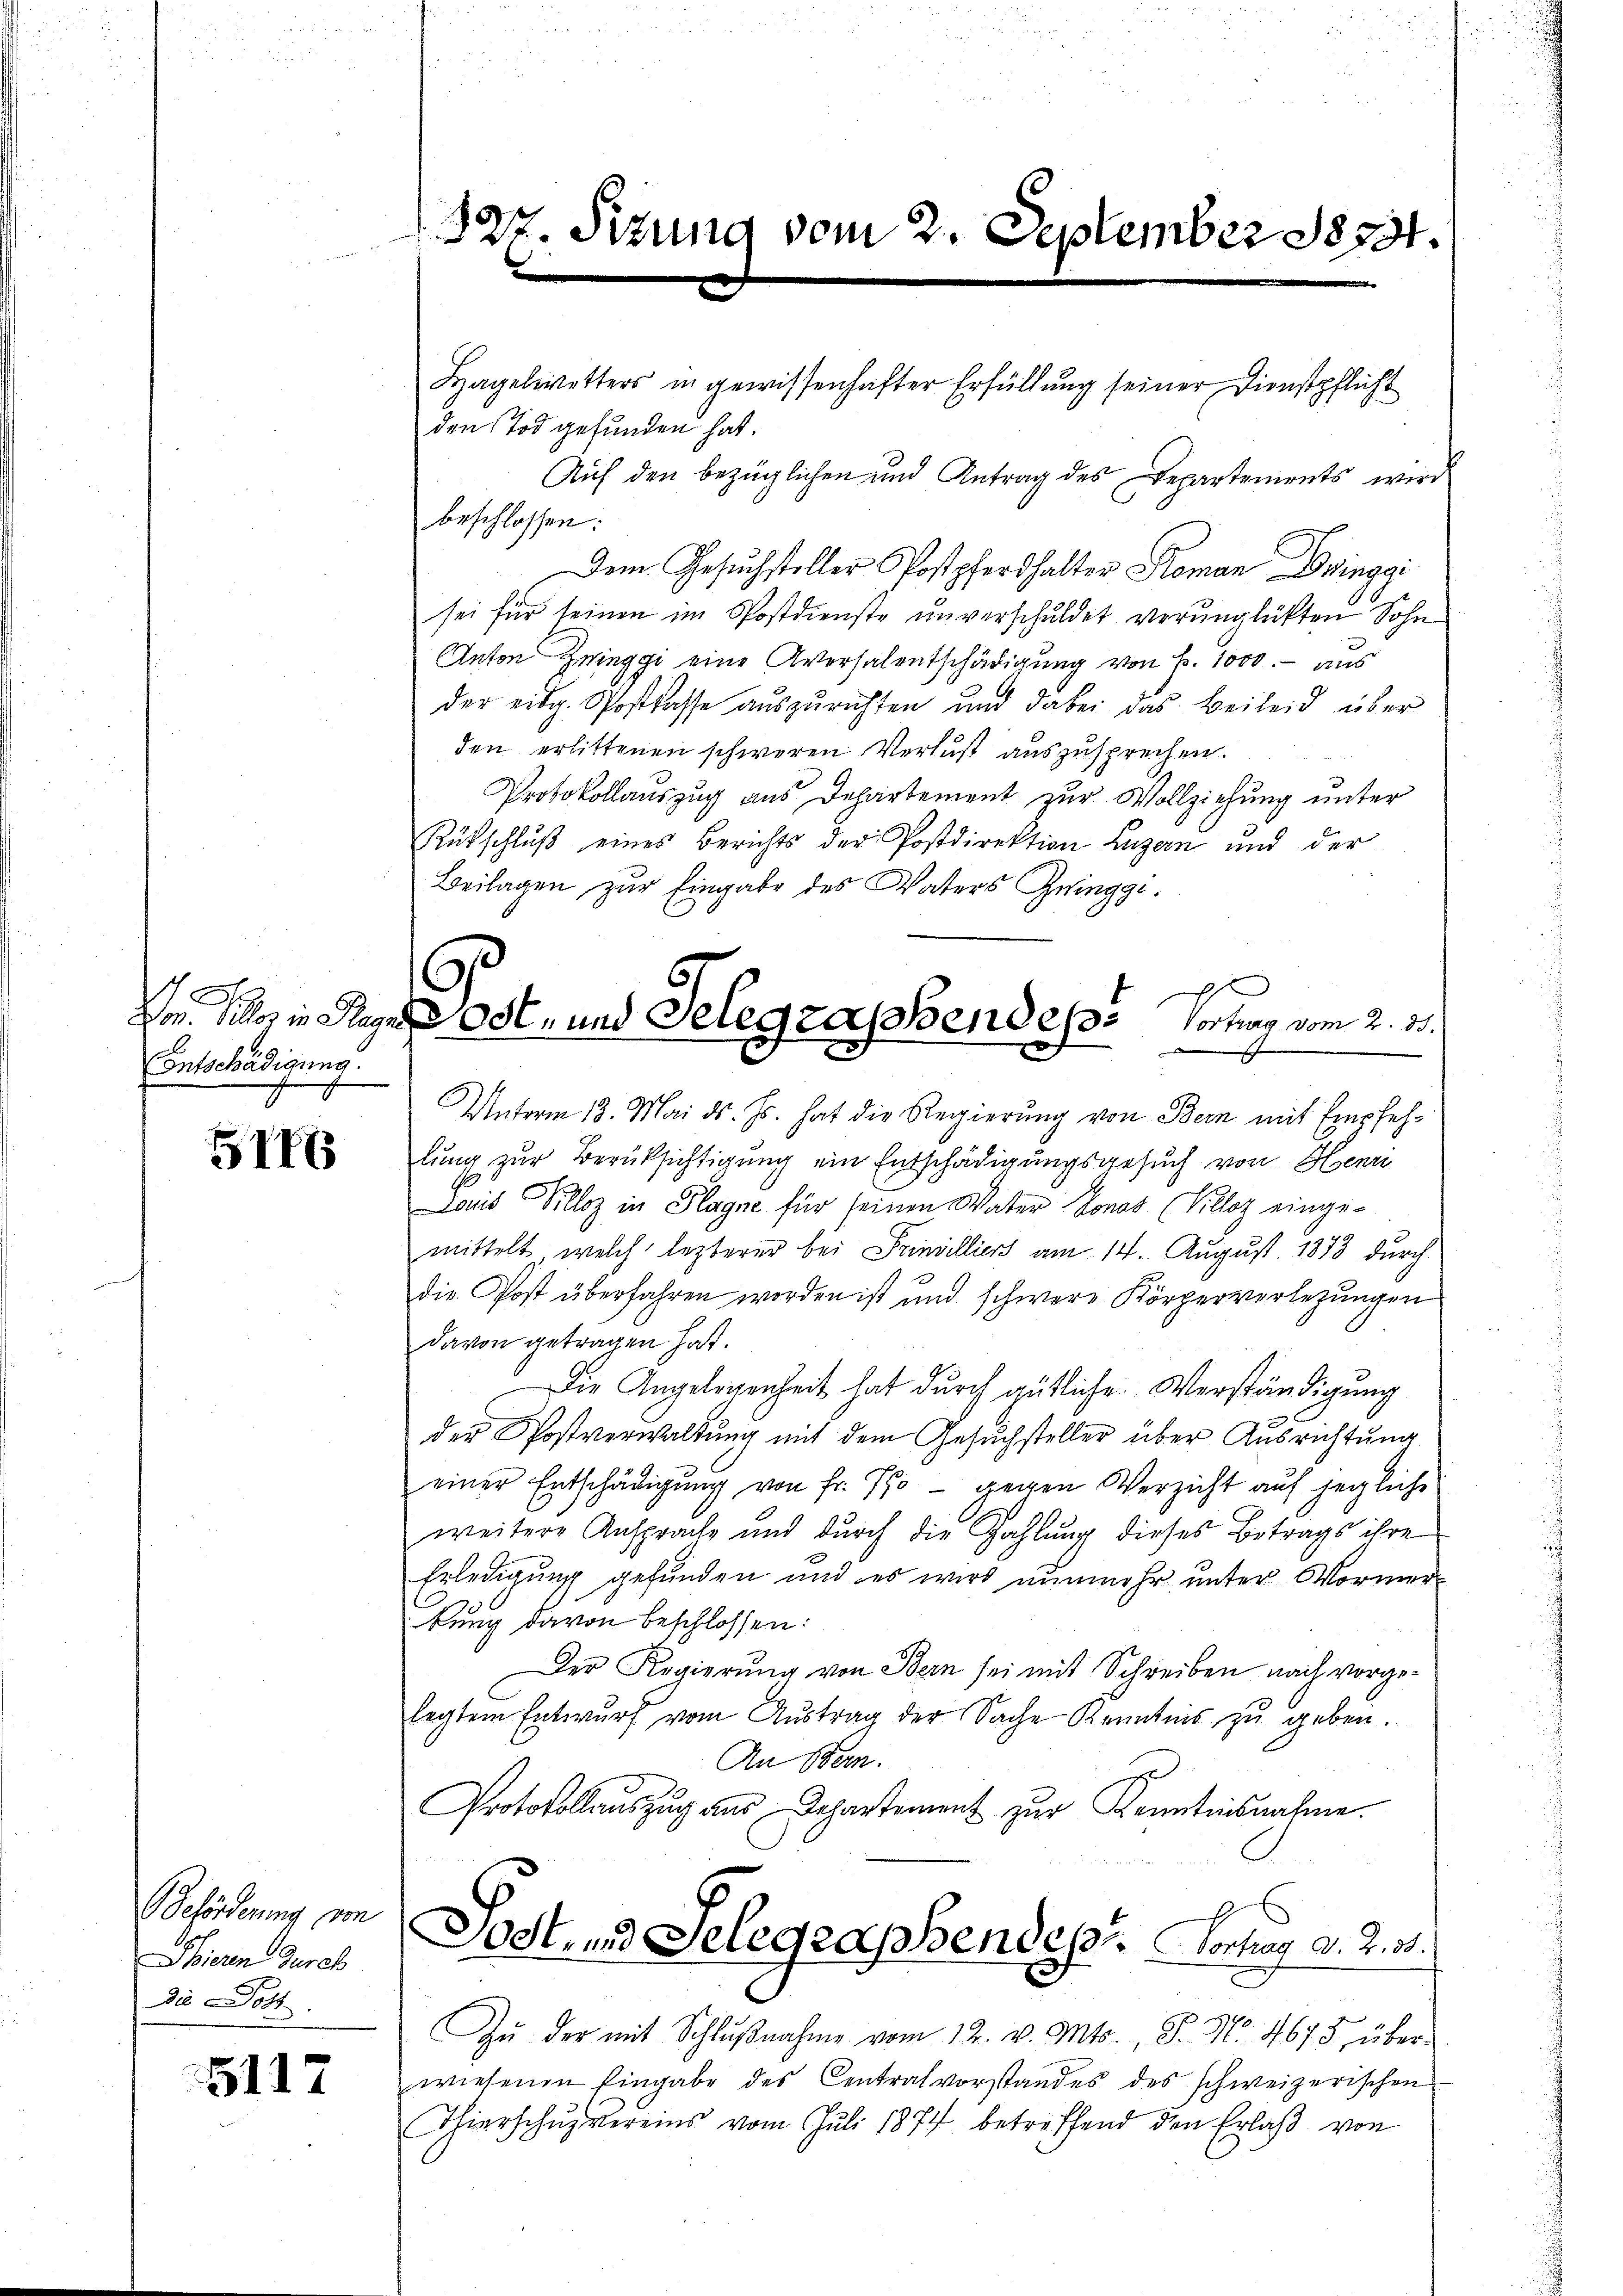
r
Entschädigung.

516

Behörderung von
Sbieren Durch
Die Dott

5117

327. Sizung vom 2. September 18791.

den Tod gefunden hat.
Auf den bezüglichen und Antrag des Departements wird
beschlossen:
Dem Gesuchsteller Postpferdhalter Roman Dringgi
sei für seinen im Postdienste unverschuldet verunglükten Sohn
Anton Zwinggi eine Aversalentschädigung von Fr. 1000.- aus
der eidg. Postkasse auszurichten und dabei das Beileid über
den erlittenen schweren Verlust auszusprechen.
Protokollauszug aus Departement zur Vollziehung unter
Rükschluß eines Berichts der Postdirektion Luzern und der
Beilagen zur Eingabe des Vaters Zwinggi¬
6
Von Silber in Regen Ost- und Gelegraschender Vortrag vom 2. 33.

Hagelwetters in gewissenhafter Erfüllung seiner Dienstpflicht

Die Angelegenheit hat durch gütliche Verständigung
der Postverwaltung mit dem Gesuchsteller über Ausrichtung
einer Entschädigung von Fr. 750 - gegen Verzicht auf jegliche
weitere Ansprache und durch die Zahlung dieses Betrags ihre
Erledigung gefunden und es wird nunmehr unter Vormer
kung davon beschlossen:
Der Regierung von Bern sei mit Schreiben nach vorgelegtem Entwŭrf vom Aŭstrag der Sache Kenntnis zu geben.
An Stein.
Protokollauszug aus Departement zur Kenntnisnahme.

Unterm 13. Mai d. Js. hat die Regierung von Bern mit Empfehlung zur Berüksichtigung ein Entschädigungsgesuch von Henri
Jais illoz in Plagne für seinen Vater Jonas (Killoz eingemittelt, welch lezterer bei Prinzelliert am 14. August 1873 durch
die Post überfahren worden ist und schwere Körperverlegungen
davon getragen hat.

x

.
Post- und Selegraphende (s. Vortrag d. Z. 31.

Zŭ der mit Schlŭβnahme vom 12. v. Mts., S. Nr. 4675 über-
wiesenen Eingabe des Centralvorstandes des schweizerischen
Thierschŭzvereins vom Juli 1877 betreffend den Erlaß von